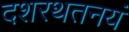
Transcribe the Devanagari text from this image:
दशरथतनयं